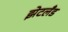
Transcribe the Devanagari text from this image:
झेटलँड